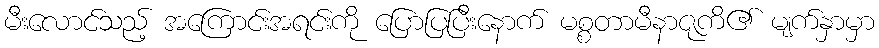
မီးလောင်သည့် အကြောင်းအရင်းကို ပြောပြပြီးနောက် မစ္စတာမီနာဇုကိ၏ မျက်နှာမှာ